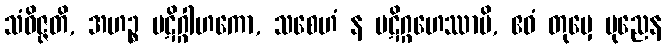
သံဝိဇ္ဇတိ, အဟဉ္စ ပဋိဂ္ဂါဟကော, သစေဟံ န ပဋိဂ္ဂဟေဿာမိ, ဧဝံ တုမှေ ပုညေန